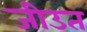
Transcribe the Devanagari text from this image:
जीउत